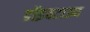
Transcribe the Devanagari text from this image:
डॉइचटाउन